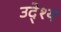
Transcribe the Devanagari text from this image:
उदे्श्य